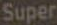
Super